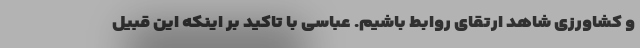
و کشاورزی شاهد ارتقای روابط باشیم. عباسی با تاکید بر اینکه این قبیل